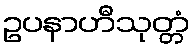
ဥပနာဟီသုတ္တံ